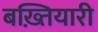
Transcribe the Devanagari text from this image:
बख़्तियारी